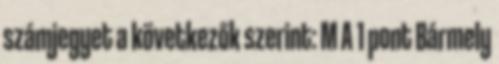
számjegyet a következők szerint: M A 1 pont Bármely